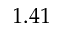
1 . 4 1